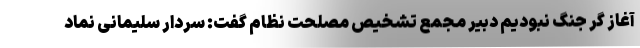
آغاز گر جنگ نبودیم دبیر مجمع تشخیص مصلحت نظام گفت: سردار سلیمانی نماد